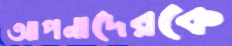
আপনাদেরকে